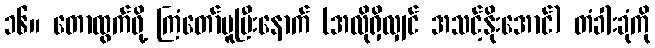
၁၆။ တောထွက်ဖို့ ကြံတော်မူပြီးနောက် (အလိုရှိလျှင် အသင့်နိုးအောင်) တံခါးခုံကို